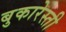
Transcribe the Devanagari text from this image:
बुकारेस्ती